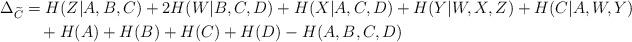
LaTeX: \begin{align*} \Delta_{\widetilde{C}} &= H(Z|A,B,C) + 2H(W|B,C,D) + H(X|A,C,D) + H(Y|W,X,Z) + H(C|A,W,Y)\\ &\ \ \ + H(A) + H(B) + H(C) + H(D) - H(A,B,C,D)\end{align*}